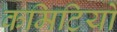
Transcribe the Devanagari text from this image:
कमिटियों